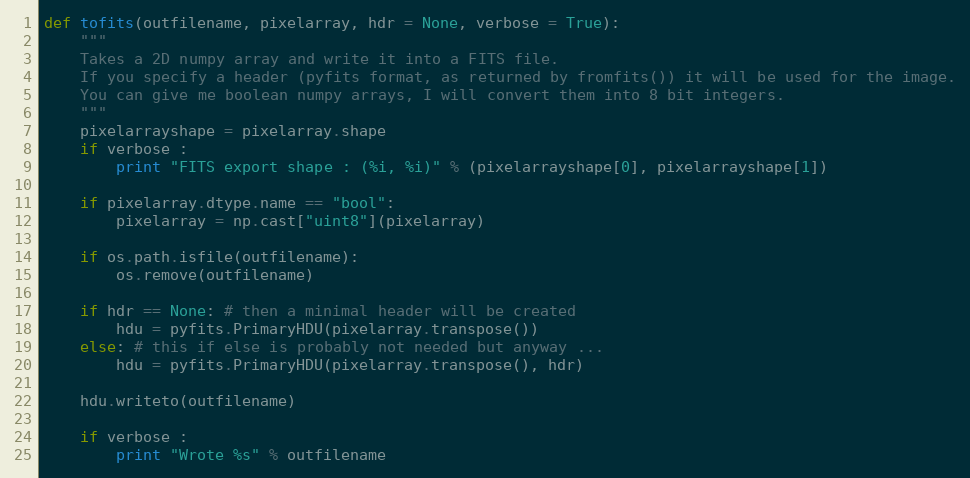
Language: Python
def tofits(outfilename, pixelarray, hdr = None, verbose = True):
    """
    Takes a 2D numpy array and write it into a FITS file.
    If you specify a header (pyfits format, as returned by fromfits()) it will be used for the image.
    You can give me boolean numpy arrays, I will convert them into 8 bit integers.
    """
    pixelarrayshape = pixelarray.shape
    if verbose :
        print "FITS export shape : (%i, %i)" % (pixelarrayshape[0], pixelarrayshape[1])

    if pixelarray.dtype.name == "bool":
        pixelarray = np.cast["uint8"](pixelarray)

    if os.path.isfile(outfilename):
        os.remove(outfilename)

    if hdr == None: # then a minimal header will be created
        hdu = pyfits.PrimaryHDU(pixelarray.transpose())
    else: # this if else is probably not needed but anyway ...
        hdu = pyfits.PrimaryHDU(pixelarray.transpose(), hdr)

    hdu.writeto(outfilename)

    if verbose :
        print "Wrote %s" % outfilename